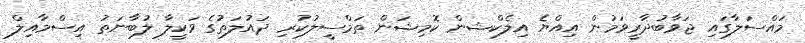
މައްސަލާގައި ޖަވާބުދާރީވަމުން އިއްޔެ އިލެކްޝން ކޮމިޝަން ތަމްސީލުކުރި ދައުލަތުގެ ވަކީލާ ލުބާނަތު އިސްމާއިލް